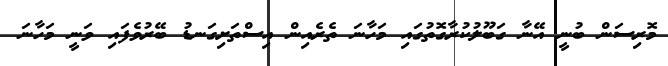
މޮރިސަން ބުނީ އޭނާ ގަބޫލުކުރާގޮތުގައި މަހާނަ ތެރެއިން އިސްތަށިގަނޑު ބޭރުވެފައި ވަނީ މަހާނަ